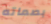
بصماته